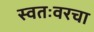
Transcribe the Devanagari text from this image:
स्वतःवरचा